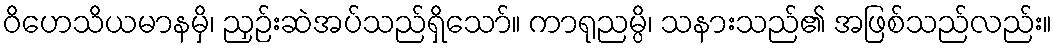
ဝိဟေသိယမာနမှိ၊ ညှဉ်းဆဲအပ်သည်ရှိသော်။ ကာရုညမ္ပိ၊ သနားသည်၏ အဖြစ်သည်လည်း။